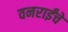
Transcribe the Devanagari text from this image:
वनराईंचे